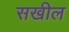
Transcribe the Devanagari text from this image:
सखील